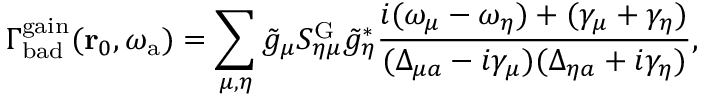
\Gamma _ { \mathrm { b a d } } ^ { \mathrm { g a i n } } ( \mathbf { r } _ { 0 } , \omega _ { \mathrm { a } } ) = \sum _ { \mu , \eta } \tilde { g } _ { \mu } S _ { \eta \mu } ^ { \mathrm { G } } \tilde { g } _ { \eta } ^ { * } \frac { i ( \omega _ { \mu } - \omega _ { \eta } ) + ( \gamma _ { \mu } + \gamma _ { \eta } ) } { ( \Delta _ { \mu a } - i \gamma _ { \mu } ) ( \Delta _ { \eta a } + i \gamma _ { \eta } ) } ,